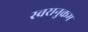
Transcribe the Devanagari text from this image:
स्वरानुक्रम